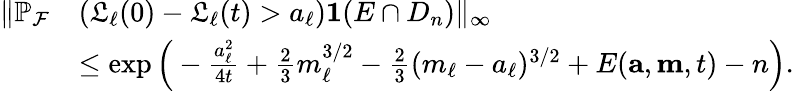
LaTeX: \begin{array}{rl}{\| \mathbb{P}_{\mathcal{F}}}&{(\mathfrak{L}_{\ell}(0)-\mathfrak{L}_{\ell}(t)>a_{\ell})\mathbf{1}(E\cap D_{n})\| _{\infty}}\\ &{\le\exp\Big(-\frac{a_{\ell}^{2}}{4t}+\frac{2}{3}m_{\ell}^{3/2}-\frac{2}{3}(m_{\ell}-a_{\ell})^{3/2}+E(\mathbf{a},\mathbf{m},t)-n\Big).}\end{array}